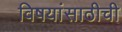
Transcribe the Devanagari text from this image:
विषयांसाठीची